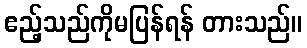
ဧည့်သည်ကိုမပြန်ရန် တားသည်။